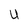
Character: U